Sanitation, dispensaries and jails vaccination Rajputana 1922-1927 - 1922-1927
Year: 1922
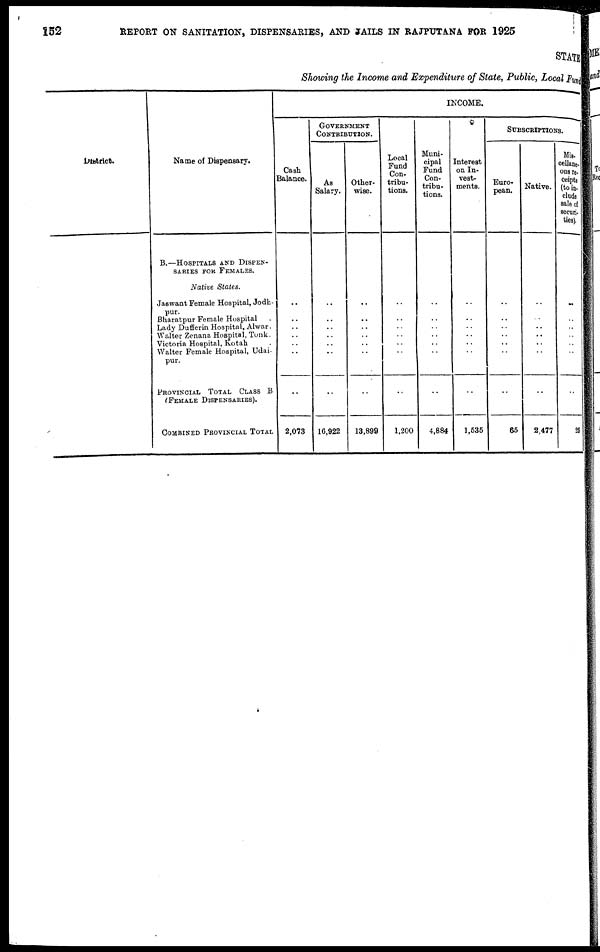
152
REPORT ON SANITATION, DISPENSARIES, AND JAILS IN RAJPUTANA FOR 1925
STATE
Showing the Income and Expenditure of State, Public, Local Fund
District.
Name of Dispensary.
B.—HOSPITALS AND DISPEN-
------ FOR FEMALES.
Native States.
Jaswant Female Hospital, Jodh-
pur.
Bharatpur Female Hospital .
Lady Dufferin Hospital, Alwar.
Walter Zenana Hospital, Tonk.
Victoria Hospital, Kotah .
Walter Female Hospital, Udai-
pur.
PROVINCIAL TOTAL CLASS B
(FEMALE DISPENSARIES).
COMBINED PROVINCIAL TOTAL
INCOME.
Cash
Balance.
..
..
..
..
..
..
..
2,073
GOVERNMENT
CONTRIBUTION.
As
Salary.
..
..
..
..
..
..
..
16,922
Other-
wise.
..
..
..
..
..
..
..
13,899
Local
Fund
Con-
tribu-
tions.
..
..
..
..
..
..
..
1,200
Muni-
cipal
Fund
Con-
tribu-
tions.
..
..
..
..
..
..
..
4,884
Interest
on In-
vest-
ments.
..
..
..
..
..
..
..
1,535
SUBSCRIPTIONS.
Euro-
pean.
..
..
..
..
..
..
..
65
Native.
..
..
..
..
..
..
..
2,477
Mis-
cellane-
ous re-
ceipts
(to in-
clude
sale of
securi-
ties).
..
..
..
..
..
..
..
25